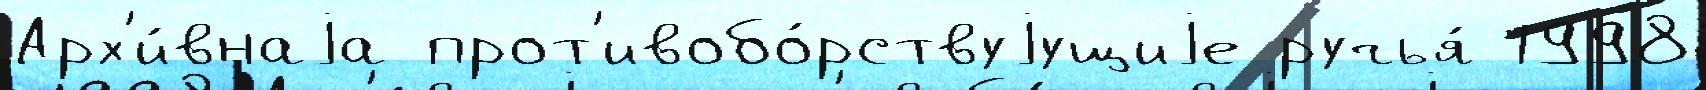
Арх'и́внаjа прот'ивобо́рствуjущиjе ручья́ 1998